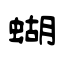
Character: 蝴